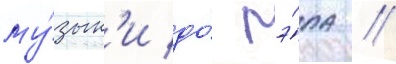
му́зык'и до́ рэ́па //